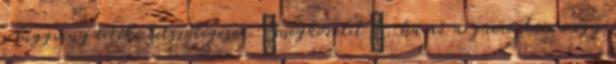
a függvény értéke tetszőlegesen „megközelít”, ha az argumentuma egy